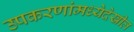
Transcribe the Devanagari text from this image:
उपकरणांमध्येदेखील